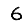
Digit: 6